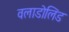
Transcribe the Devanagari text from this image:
वलाडोलिड